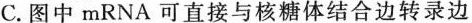
C.图中mRNA可直接与核糖体结合边转录边